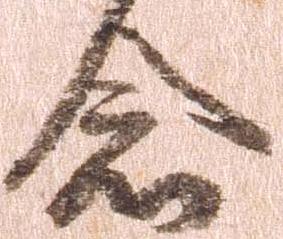
念